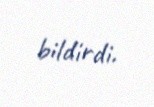
bildirdi.